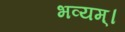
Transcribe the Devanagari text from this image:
भव्यम्।